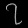
Digit: ၇